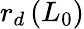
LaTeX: r_{d}\, (L_{0})